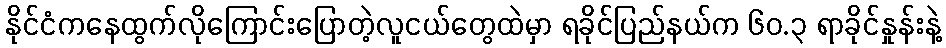
နိုင်ငံကနေထွက်လိုကြောင်းပြောတဲ့လူငယ်တွေထဲမှာ ရခိုင်ပြည်နယ်က ၆၀.၃ ရာခိုင်နှုန်းနဲ့